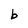
Character: b